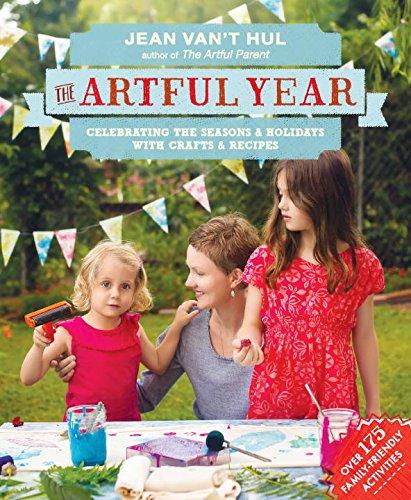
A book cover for The Artful Year: Celebrating the Seasons and Holidays with Crafts and Recipes--Over 175 Family- Friendly Activities; Jean Van't Hul; Cookbooks, Food & Wine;